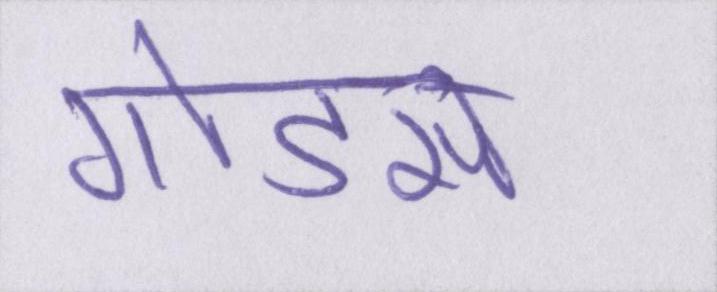
गोडसे